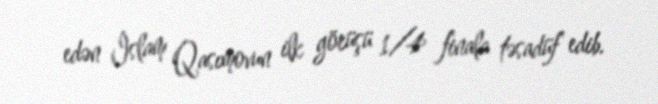
edən İslam Qasımovun ilk görüşü 1/4 finala təsadüf edib.